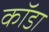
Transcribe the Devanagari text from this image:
कॉडा